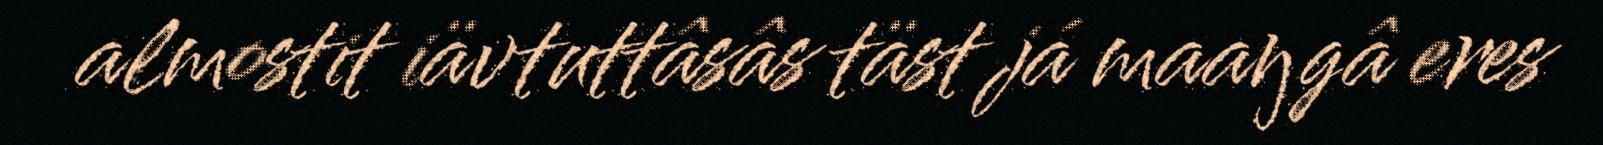
almostit iävtuttâsâs täst já maaŋgâ eres